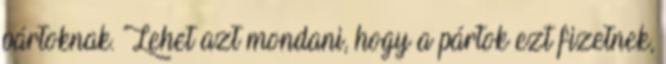
pártoknak. Lehet azt mondani, hogy a pártok ezt fizetnek,